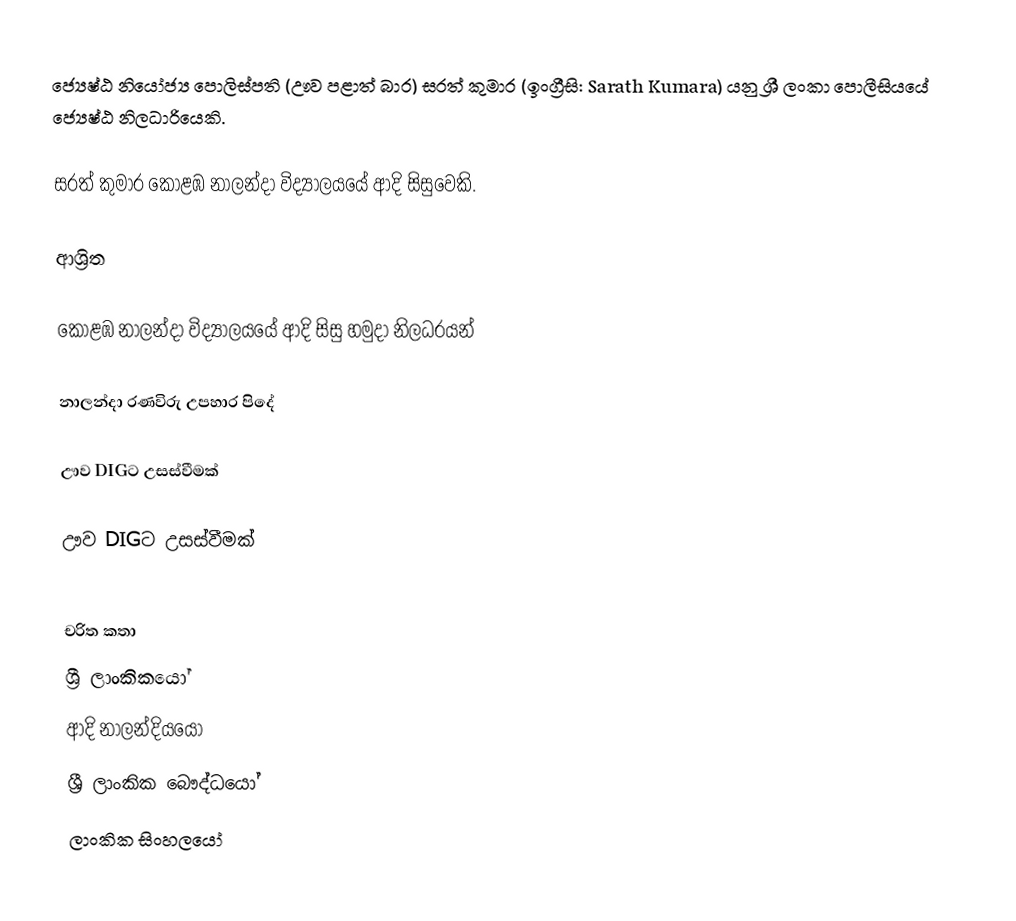
ජ්‍යෙෂ්ඨ නියෝජ්‍ය ‍පොලිස්පති (ඌව පළාත් බාර)  සරත් කුමාර  (ඉංග්‍රීසි: Sarath Kumara) යනු  ශ්‍රී ලංකා පොලීසියයේ ජ්‍යෙෂ්ඨ නිලධාරියෙකි.

සරත් කුමාර   කොළඹ නාලන්දා විද්‍යාලයයේ ආදි සිසුවෙකි.

ආශ්‍රිත

 කොළඹ නාලන්දා විද්‍යාලයයේ ආදි සිසු හමුදා නිලධරයන්

 නාලන්දා රණවිරු උපහාර පිදේ

 ඌව DIGට උසස්වීමක්

 ඌව DIGට උසස්වීමක්

චරිත කතා
ශ්‍රී ලාංකිකයෝ
ආදි නාලන්දියයෝ
ශ්‍රී ලාංකික බෞද්ධයෝ
ලාංකික සිංහලයෝ